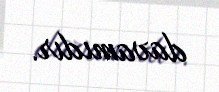
davamıdır.